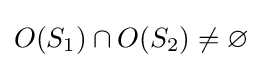
O(S_{1})\cap O(S_{2})\neq \varnothing